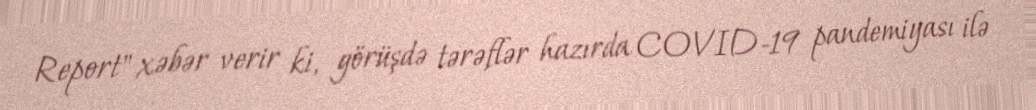
Report" xəbər verir ki, görüşdə tərəflər hazırda COVID-19 pandemiyası ilə